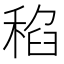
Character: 𱶑